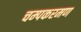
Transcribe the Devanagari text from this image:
चम्पकरमण